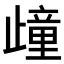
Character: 𣦟